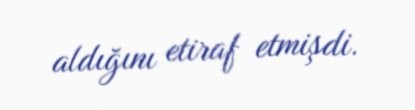
aldığını etiraf etmişdi.